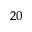
^ { 2 0 }